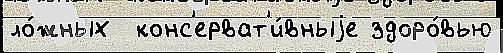
ло́жных  конс'ерват'и́вныjе здоро́вью